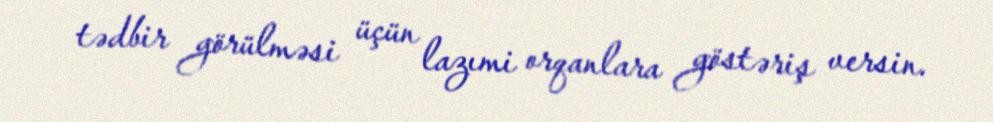
tədbir görülməsi üçün lazımi orqanlara göstəriş versin.